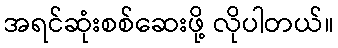
အရင်ဆုံးစစ်ဆေးဖို့ လိုပါတယ်။